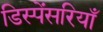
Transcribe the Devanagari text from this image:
डिस्पेंसरियाँ